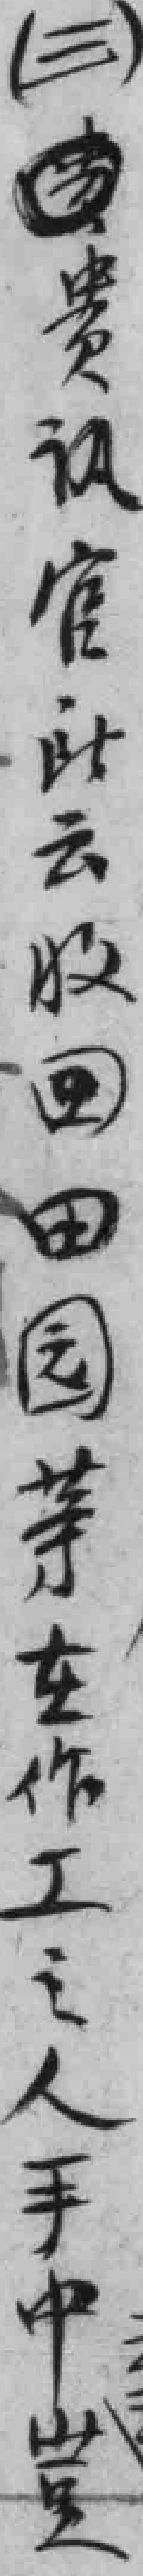
（三）贵讯官此云，收回田园等，在作工之人手中*